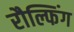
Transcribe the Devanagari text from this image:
रौल्फिंग